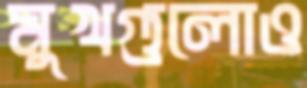
মুখগুলোও